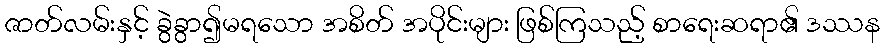
ဇာတ်လမ်းနှင့် ခွဲခွာ၍မရသော အစိတ် အပိုင်းများ ဖြစ်ကြသည့် စာရေးဆရာ၏ ဒဿန